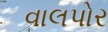
વાલપોર